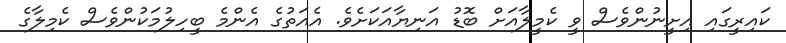
ކައިރީގައި އިށީނުންވެސް ވީ ކެމީލާއަށް ބޮޑު އަނިޔާއަކަށެވެ. އެއަތުގެ އެންމެ ބީހިލުމަކުންވެސް ކެމިލާގެ